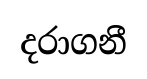
දරාගනී